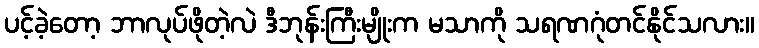
ပင့်ခဲ့တော့ ဘာလုပ်ဖိုတဲ့လဲ ဒီဘုန်းကြီးမျိုးက မသာကို သရဏဂုံတင်နိုင်သလား။